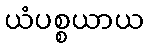
ယံပစ္စယာယ